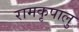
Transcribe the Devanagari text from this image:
रामकृपालु